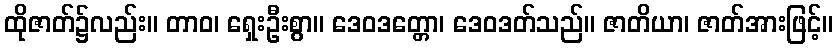
ထိုဇာတ်၌လည်း။ တာဝ၊ ရှေးဦးစွာ။ ဒေဝဒတ္တော၊ ဒေဝဒတ်သည်။ ဇာတိယာ၊ ဇာတ်အားဖြင့်။